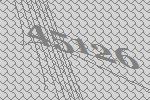
45126